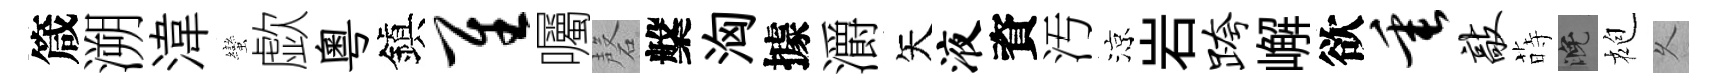
箴溯湋蠻歔粵鎭隹囑磬槃洶據灂矢液資汚涼岩跨嶰欲垂敲蒔晚袍乆